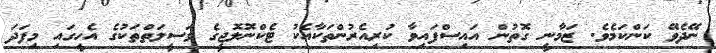
ނޭދެވޭ ކަންކަމެވެ. ޒަމާނީ ގޮތުން އައިސްފައިވާ ކުރިއެރުންތަކާއެކު ޓެކްނޮލޮޖީގެ ވަސީލަތްތަކުގެ އެހީގައި މިފަދަ